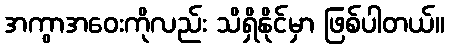
အကွာအဝေးကိုလည်း သိရှိနိုင်မှာ ဖြစ်ပါတယ်။